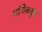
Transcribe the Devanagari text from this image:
यांचेकडुन